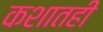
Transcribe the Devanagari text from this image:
कशातही